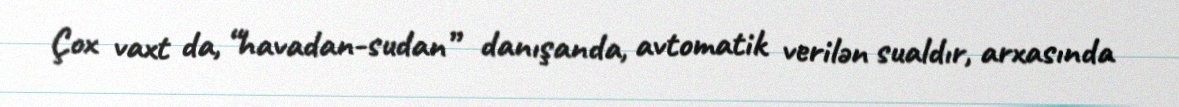
Çox vaxt da, “havadan-sudan” danışanda, avtomatik verilən sualdır, arxasında